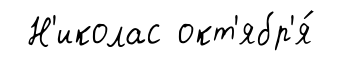
Н'иколас окт'ябр'я́